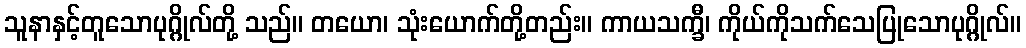
သူနာနှင့်တူသောပုဂ္ဂိုလ်တို့ သည်။ တယော၊ သုံးယောက်တို့တည်း။ ကာယသက္ခီ၊ ကိုယ်ကိုသက်သေပြုသောပုဂ္ဂိုလ်။